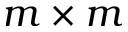
m \times m